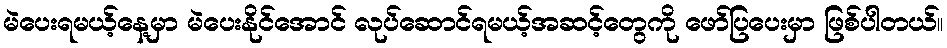
မဲပေးရမယ့်နေ့မှာ မဲပေးနိုင်အောင် လုပ်ဆောင်ရမယ့်အဆင့်တွေကို ဖော်ပြပေးမှာ ဖြစ်ပါတယ်။